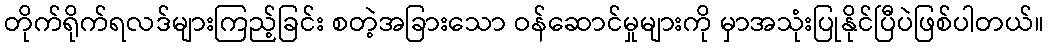
တိုက်ရိုက်ရလဒ်များကြည့်ခြင်း စတဲ့အခြားသော ဝန်ဆောင်မှုများကို မှာအသုံးပြုနိုင်ပြီပဲဖြစ်ပါတယ်။